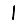
Digit: 1